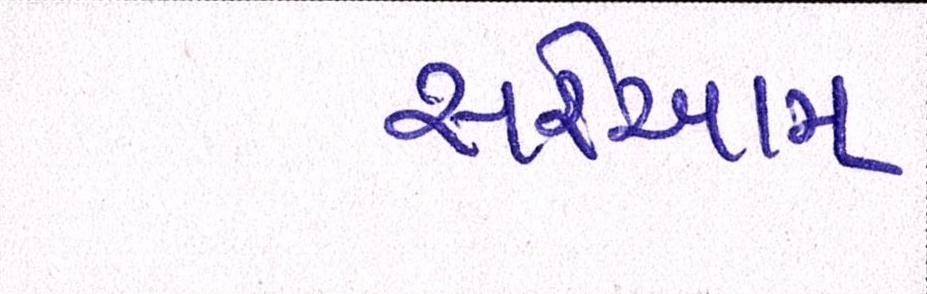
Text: સરેઆમ